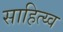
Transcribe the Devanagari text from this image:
साहित्य्व